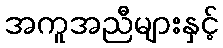
အကူအညီများနှင့်